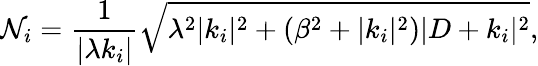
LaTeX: {\cal N}_{i}=\frac{1}{|\lambda k_{i}|}\sqrt{\lambda^{2}|k_{i}|^{2}+(\beta^{2}+|k_{i}|^{2})|D+k_{i}|^{2}},